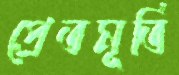
প্রেতমূর্তি